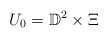
\begin{align*}U_0 = \mathbb{D}^2 \times \Xi\end{align*}